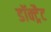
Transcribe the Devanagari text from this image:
डॉक्ट्रैट